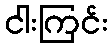
ငါးကြင်း